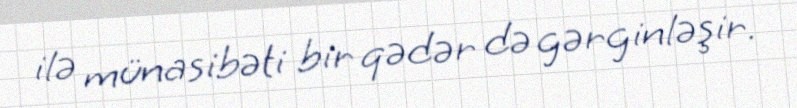
ilə münasibəti bir qədər də gərginləşir.